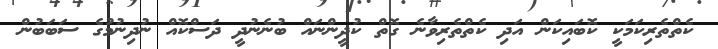
ކެތްތެރިކަމަކީ ކޮބައިކަން އަދި ކެތްތެރިވާނެ ގޮތް ކުދީންނައް ބުނެނުދީ ދަސްކޮއް ނުދިނުމުގެ ސަބަބުން